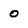
Character: o